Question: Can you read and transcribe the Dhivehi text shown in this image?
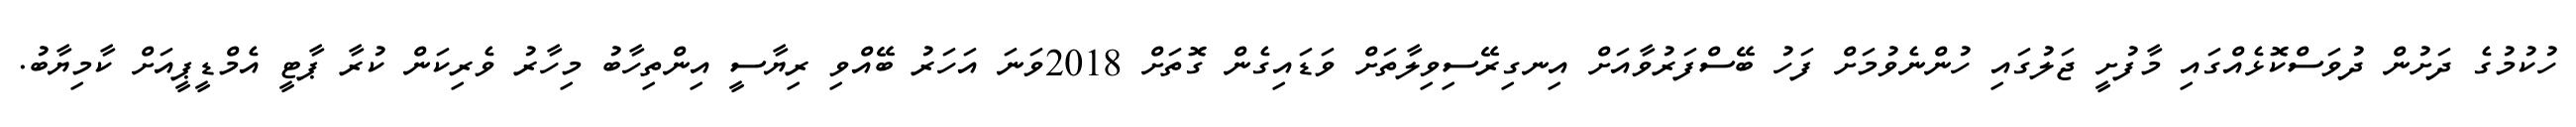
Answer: ހުކުމުގެ ދަށުން ދުވަސްކޮޅެއްގައި މާފުށީ ޖަލުގައި ހުންނެވުމަށް ފަހު ބޭސްފަރުވާއަށް އިނގިރޭސިވިލާތަށް ވަޑައިގެން ގޮތަށް 2018ވަނަ އަހަރު ބޭއްވި ރިޔާސީ އިންތިހާބު މިހާރު ވެރިކަން ކުރާ ޕާޓީ އެމްޑީޕީއަށް ކާމިޔާބު.